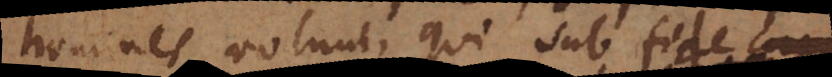
homines volunt, qui sub fide